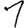
Digit: 1